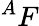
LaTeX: ^{A}F